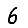
Digit: 6